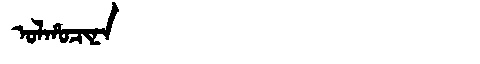
Manchu: ᠣᠯᡥᠣᠴᡳᠨᠠ
Romanization: OLHOCINA